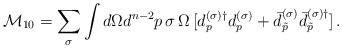
\begin{align*} {\cal M}_{10}= \sum_{\sigma} \int d\Omega d^{n-2} p\,\sigma\, \Omega \,[ d_p^{(\sigma) \dagger} d_p^{(\sigma)} + \bar{d}_{\tilde{p}}^{(\sigma)} \bar{d}_{\tilde{p}}^{(\sigma)\dagger}]\,{.}\end{align*}